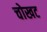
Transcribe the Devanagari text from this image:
चोखट